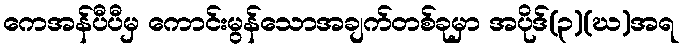
ကေအန်ပီပီမှ ကောင်းမွန်သောအချက်တစ်ခုမှာ အပိုဒ်(၃)(ဃ)အရ